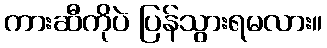
ကားဆီကိုပဲ ပြန်သွားရမလား။